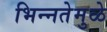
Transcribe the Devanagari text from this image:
भिन्‍नतेमुळे